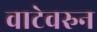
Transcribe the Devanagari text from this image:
वाटेवरुन